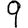
Digit: 9